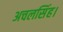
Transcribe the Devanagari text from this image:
अचलसिंह।